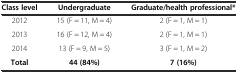
| Class level | Undergraduate | Graduate/health professional* |
 | --- | --- | --- |
 | 2012 | 15 (F = 11, M = 4) | 2 (F = 1, M = 1) |
 | 2013 | 16 (F = 12, M = 4) | 2 (F = 1, M = 1) |
 | 2014 | 13 (F = 9, M = 5) | 3 (F = 1, M = 2) |
 | Total | 44 (84%) | 7 (16%) |